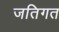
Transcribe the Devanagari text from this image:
जतिगत